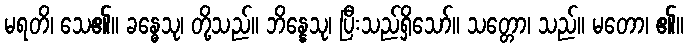
မရတိ၊ သေ၏။ ခန္ဓေသု၊ တို့သည်။ ဘိန္နေသု၊ ပြီးသည်ရှိသော်။ သတ္တော၊ သည်။ မတော၊ ၏။